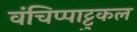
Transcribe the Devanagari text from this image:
वंचिप्पाट्टुकल